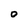
Character: O